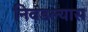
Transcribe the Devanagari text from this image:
निवडल्यास